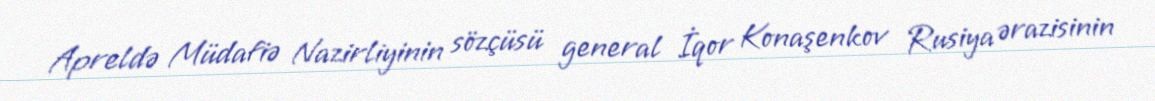
Apreldə Müdafiə Nazirliyinin sözçüsü general İqor Konaşenkov Rusiya ərazisinin